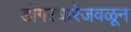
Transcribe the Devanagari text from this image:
डोंगरधारेजवळून